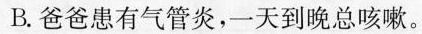
B. 爸爸患有气管炎，一天到晚总咳嗽。